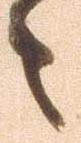
々